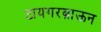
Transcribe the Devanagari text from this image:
टायगरब्राऊन